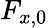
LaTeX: F_{x,0}